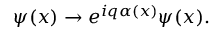
\psi ( x ) \rightarrow e ^ { i q \alpha ( x ) } \psi ( x ) .